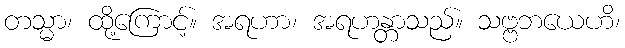
တသ္မာ၊ ထို့ကြောင့်။ အရဟာ၊ အရဟန္တာသည်။ သဗ္ဗဘယေဟိ၊